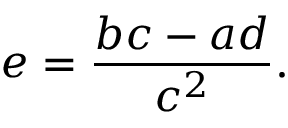
e = { \frac { b c - a d } { c ^ { 2 } } } .